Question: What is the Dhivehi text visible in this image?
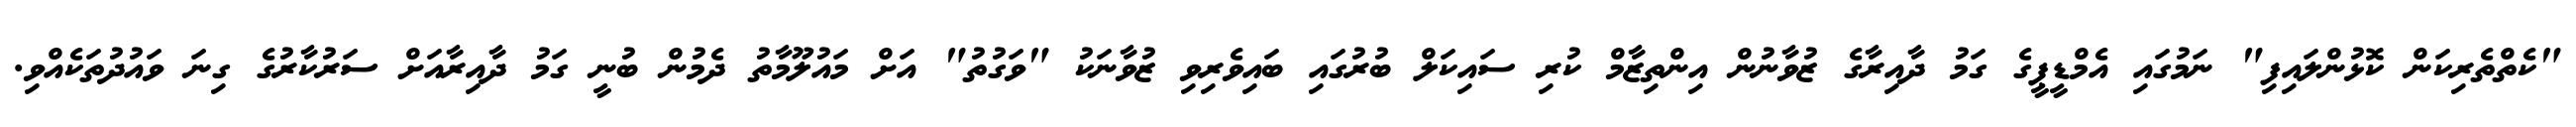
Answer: "ކެތްތެރިކަން ކޮޅުންލައިފި" ނަމުގައި އެމްޑީޕީގެ ގަމު ދާއިރާގެ ޒުވާނުން އިންތިޒާމް ކުރި ސައިކަލް ބުރުގައި ބައިވެރިވި ޒުވާނަކު "ވަގުތު" އަށް މައުލޫމާތު ދެމުން ބުނީ ގަމު ދާއިރާއަށް ސަރުކާރުގެ ގިނަ ވައުދުތަކެއްވި.